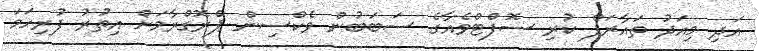
އަދި މިއަދު ތައާރަފް ކުރި ސޮފްޓްވެއާގެ ސަބަބުން ވެކްސިން ޕްރޮގްރާމަށް އިތުރު ފުރިހަމަ